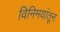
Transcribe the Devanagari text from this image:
विनिमयांतून